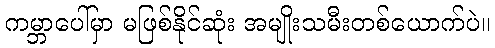
ကမ္ဘာပေါ်မှာ မဖြစ်နိုင်ဆုံး အမျိုးသမီးတစ်ယောက်ပဲ။